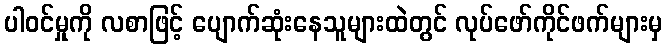
ပါဝင်မှုကို လစာဖြင့် ပျောက်ဆုံးနေသူများထဲတွင် လုပ်ဖော်ကိုင်ဖက်များမှ